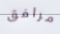
مرافق